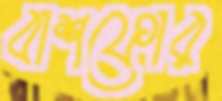
বাশফোর